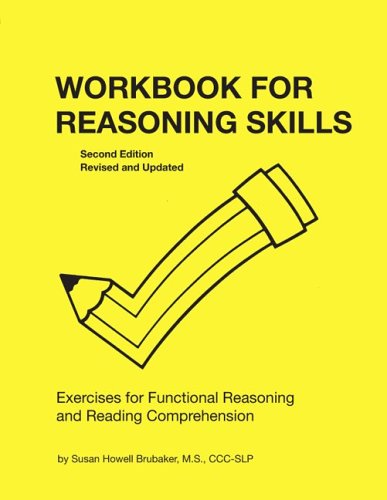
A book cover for Workbook for Reasoning Skills: Exercises for Functional Reasoning and Reading Comprehension (William Beaumont Hospital Series in Speech and Language Pathology); Susan Howell Brubaker; Medical Books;